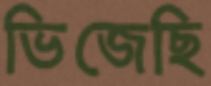
ভিজেছি